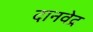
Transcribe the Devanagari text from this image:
दानवेद्र